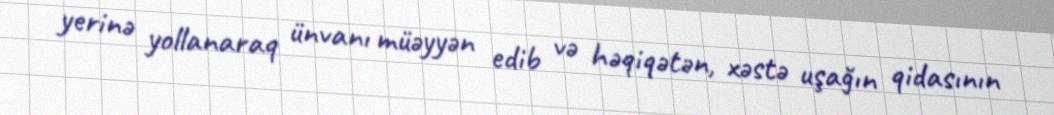
yerinə yollanaraq ünvanı müəyyən edib və həqiqətən, xəstə uşağın qidasının